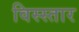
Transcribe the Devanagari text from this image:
विस्स्तार